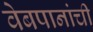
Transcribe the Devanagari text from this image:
वेबपानांची